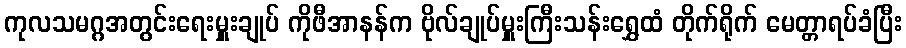
ကုလသမဂ္ဂအတွင်းရေးမှူးချုပ် ကိုဖီအာနန်က ဗိုလ်ချုပ်မှူးကြီးသန်းရွှေထံ တိုက်ရိုက် မေတ္တာရပ်ခံပြီး